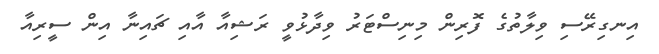
އިނގިރޭސި ވިލާތުގެ ފޮރިން މިނިސްޓަރު ވިދާޅުވީ ރަޝިއާ އާއި ޗައިނާ އިން ސީރިއާ